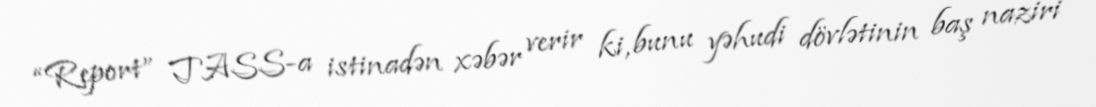
“Report” TASS-a istinadən xəbər verir ki, bunu yəhudi dövlətinin baş naziri